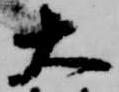
大